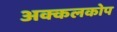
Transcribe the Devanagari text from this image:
अक्कलकोप